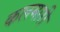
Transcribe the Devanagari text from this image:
कलमारी